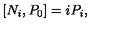
\left[ N _ { i } , P _ { 0 } \right] = i P _ { i } ,